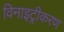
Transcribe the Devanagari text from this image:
विनाइट्रीकरण